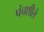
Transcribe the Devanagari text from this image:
पंचशीले